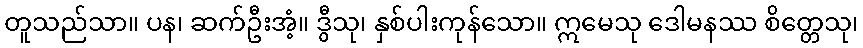
တူသည်သာ။ ပန၊ ဆက်ဦးအံ့။ ဒွီသု၊ နှစ်ပါးကုန်သော။ ဣမေသု ဒေါမနဿ စိတ္တေသု၊